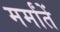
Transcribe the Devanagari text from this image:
मर्मांतें